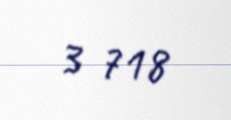
3 718